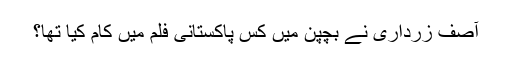
آصف زرداری نے بچپن میں کس پاکستانی فلم میں کام کیا تھا؟